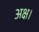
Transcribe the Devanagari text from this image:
अक्ष।